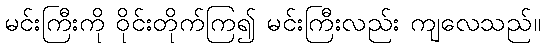
မင်းကြီးကို ဝိုင်းတိုက်ကြ၍ မင်းကြီးလည်း ကျလေသည်။